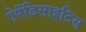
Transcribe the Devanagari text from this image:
ऐपेंडिसाइटिस